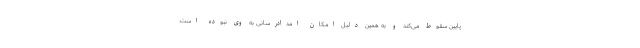
پایین سقوط می‌کند و به همین دلیل امکان امدادرسانی به وی نبوده است.